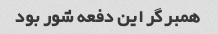
همبرگر این دفعه شور بود